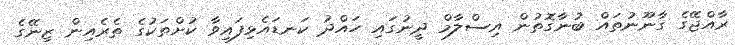
ރާއްޖޭގެ ގާނޫނުތައް ބުނާގޮތުން އިސްލާމް ދީނުގައި ހައްދު ކަނޑައެޅިފައިވާ ކުށްތަކުގެ ތެރެއިން ޒިނޭގެ